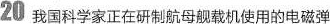
20 我国科学家正在研制航母舰载机使用的电磁弹